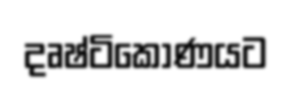
දෘෂ්ටිකෝණයට